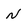
Character: N